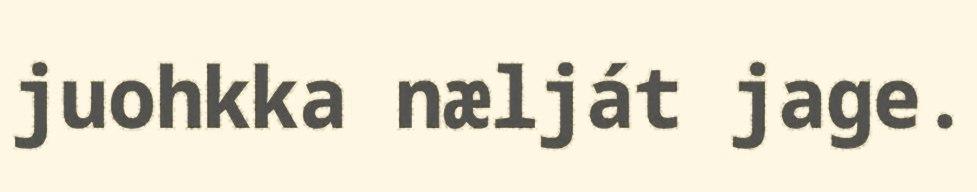
juohkka nælját jage.